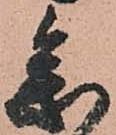
参